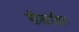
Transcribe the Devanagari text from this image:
सीसारहित